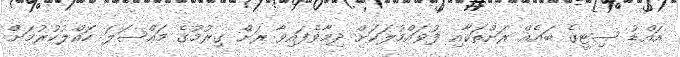
އައްޑު ސިޓީގެ ބައެއް ރަށްތަކާއި ފުވައްމުލަކަށް ދިމާވެފައިވާ ރަށް ގިރުމުގެ މައްސަލަ ހައްލުކުރުމަށް